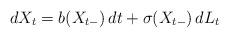
LaTeX: \begin{align*}dX_t = b(X_{t-}) \, dt + \sigma(X_{t-}) \, dL_t \end{align*}